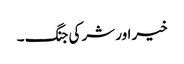
خیر اور شر کی جنگ ۔